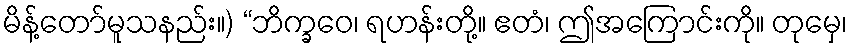
မိန့်တော်မူသနည်း။) “ဘိက္ခဝေ၊ ရဟန်းတို့။ ဧတံ၊ ဤအကြောင်းကို။ တုမှေ၊